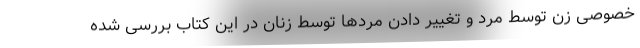
خصوصی زن توسط مرد و تغییر دادن مردها توسط زنان در این کتاب بررسی شده